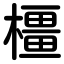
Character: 橿